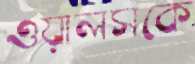
ওয়ালসকে